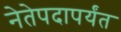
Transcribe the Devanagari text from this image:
नेतेपदापर्यंत